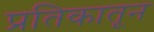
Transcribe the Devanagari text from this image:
प्रतिकातून